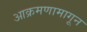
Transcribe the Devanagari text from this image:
आक्रमणामागून